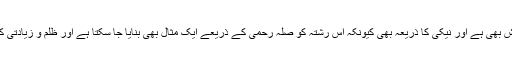
سوتیلا پن ایک دکھ بھی ہے اور آزمائش بھی ہے اور نیکی کا ذریعہ بھی کیونکہ اس رشتہ کو صلہ رحمی کے ذریعے ایک مثال بھی بنایا جا سکتا ہے اور ظلم و زیادتی کے ذریعے ایک کر بناک حقیقت بھی ۔